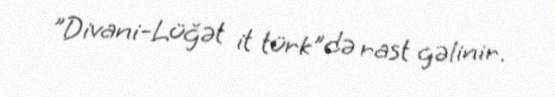
"Divani-Lüğət it türk"də rast gəlinir.